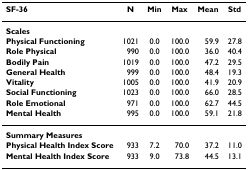
<table><thead><tr><td><b>SF-36</b></td><td><b>N</b></td><td><b>Min</b></td><td><b>Max</b></td><td><b>Mean</b></td><td><b>Std</b></td></tr></thead><tbody><tr><td><b>Scales</b></td><td></td><td></td><td></td><td></td><td></td></tr><tr><td><b>Physical Functioning</b></td><td>1021</td><td>0.0</td><td>100.0</td><td>59.9</td><td>27.8</td></tr><tr><td><b>Role Physical</b></td><td>990</td><td>0.0</td><td>100.0</td><td>36.0</td><td>40.4</td></tr><tr><td><b>Bodily Pain</b></td><td>1019</td><td>0.0</td><td>100.0</td><td>47.2</td><td>29.5</td></tr><tr><td><b>General Health</b></td><td>999</td><td>0.0</td><td>100.0</td><td>48.4</td><td>19.3</td></tr><tr><td><b>Vitality</b></td><td>1005</td><td>0.0</td><td>100.0</td><td>41.9</td><td>20.9</td></tr><tr><td><b>Social Functioning</b></td><td>1023</td><td>0.0</td><td>100.0</td><td>66.0</td><td>28.5</td></tr><tr><td><b>Role Emotional</b></td><td>971</td><td>0.0</td><td>100.0</td><td>62.7</td><td>44.5</td></tr><tr><td><b>Mental Health</b></td><td>995</td><td>0.0</td><td>100.0</td><td>59.1</td><td>21.8</td></tr><tr><td><b>Summary Measures</b></td><td></td><td></td><td></td><td></td><td></td></tr><tr><td><b>Physical Health Index Score</b></td><td>933</td><td>7.2</td><td>70.0</td><td>37.2</td><td>11.0</td></tr><tr><td><b>Mental Health Index Score</b></td><td>933</td><td>9.0</td><td>73.8</td><td>44.5</td><td>13.1</td></tr></tbody></table>